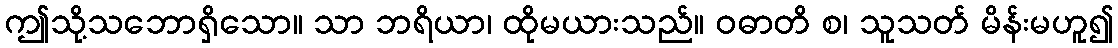
ဤသို့သဘောရှိသော။ သာ ဘရိယာ၊ ထိုမယားသည်။ ဝဓာတိ စ၊ သူသတ် မိန်းမဟူ၍